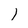
Character: 1